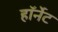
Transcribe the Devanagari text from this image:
हाॅर्नेट